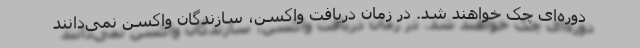
دوره‌ای چک خواهند شد. در زمان دریافت واکسن، سازندگان واکسن نمی‌دانند